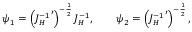
\psi _ { 1 } = \left( { J _ { H } ^ { - 1 } } ^ { \prime } \right) ^ { - { \frac { 1 } { 2 } } } J _ { H } ^ { - 1 } , \qquad \psi _ { 2 } = \left( { J _ { H } ^ { - 1 } } ^ { \prime } \right) ^ { - { \frac { 1 } { 2 } } } ,